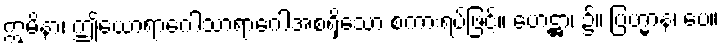
ဣမိနာ၊ ဤယောရာဂေါသာရာဂေါအစရှိသော စကားရပ်ဖြင့်။ ဟေဋ္ဌာ၊ ၌။ ဗြဟ္မာနံ၊ ပေ။